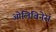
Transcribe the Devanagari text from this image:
ओलिविनेस